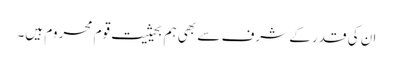
ان کی قدر کے شرف سے بھی ہم بحیثیت قوم محروم ہیں۔